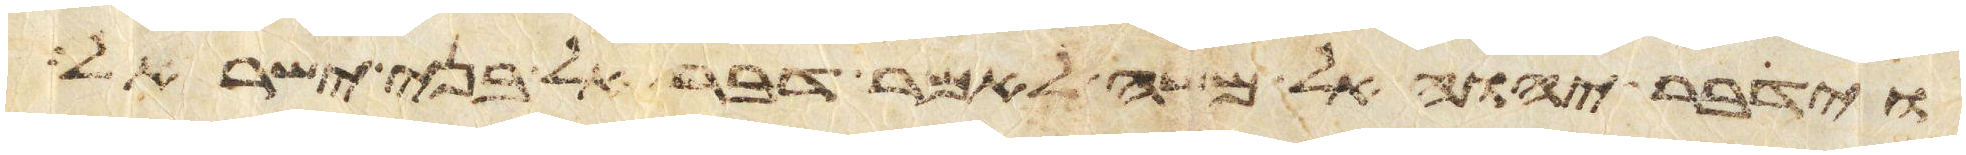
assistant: וידבר יהוה אל משה לאמר דבר אל בני ישראל